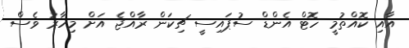
އާއި ކޮއްތުމީ ހޮޓް އެންޑް ސުޕައިސީ ޗިކަން ރާއްޖެ އަށް މިހާރު ވެސް